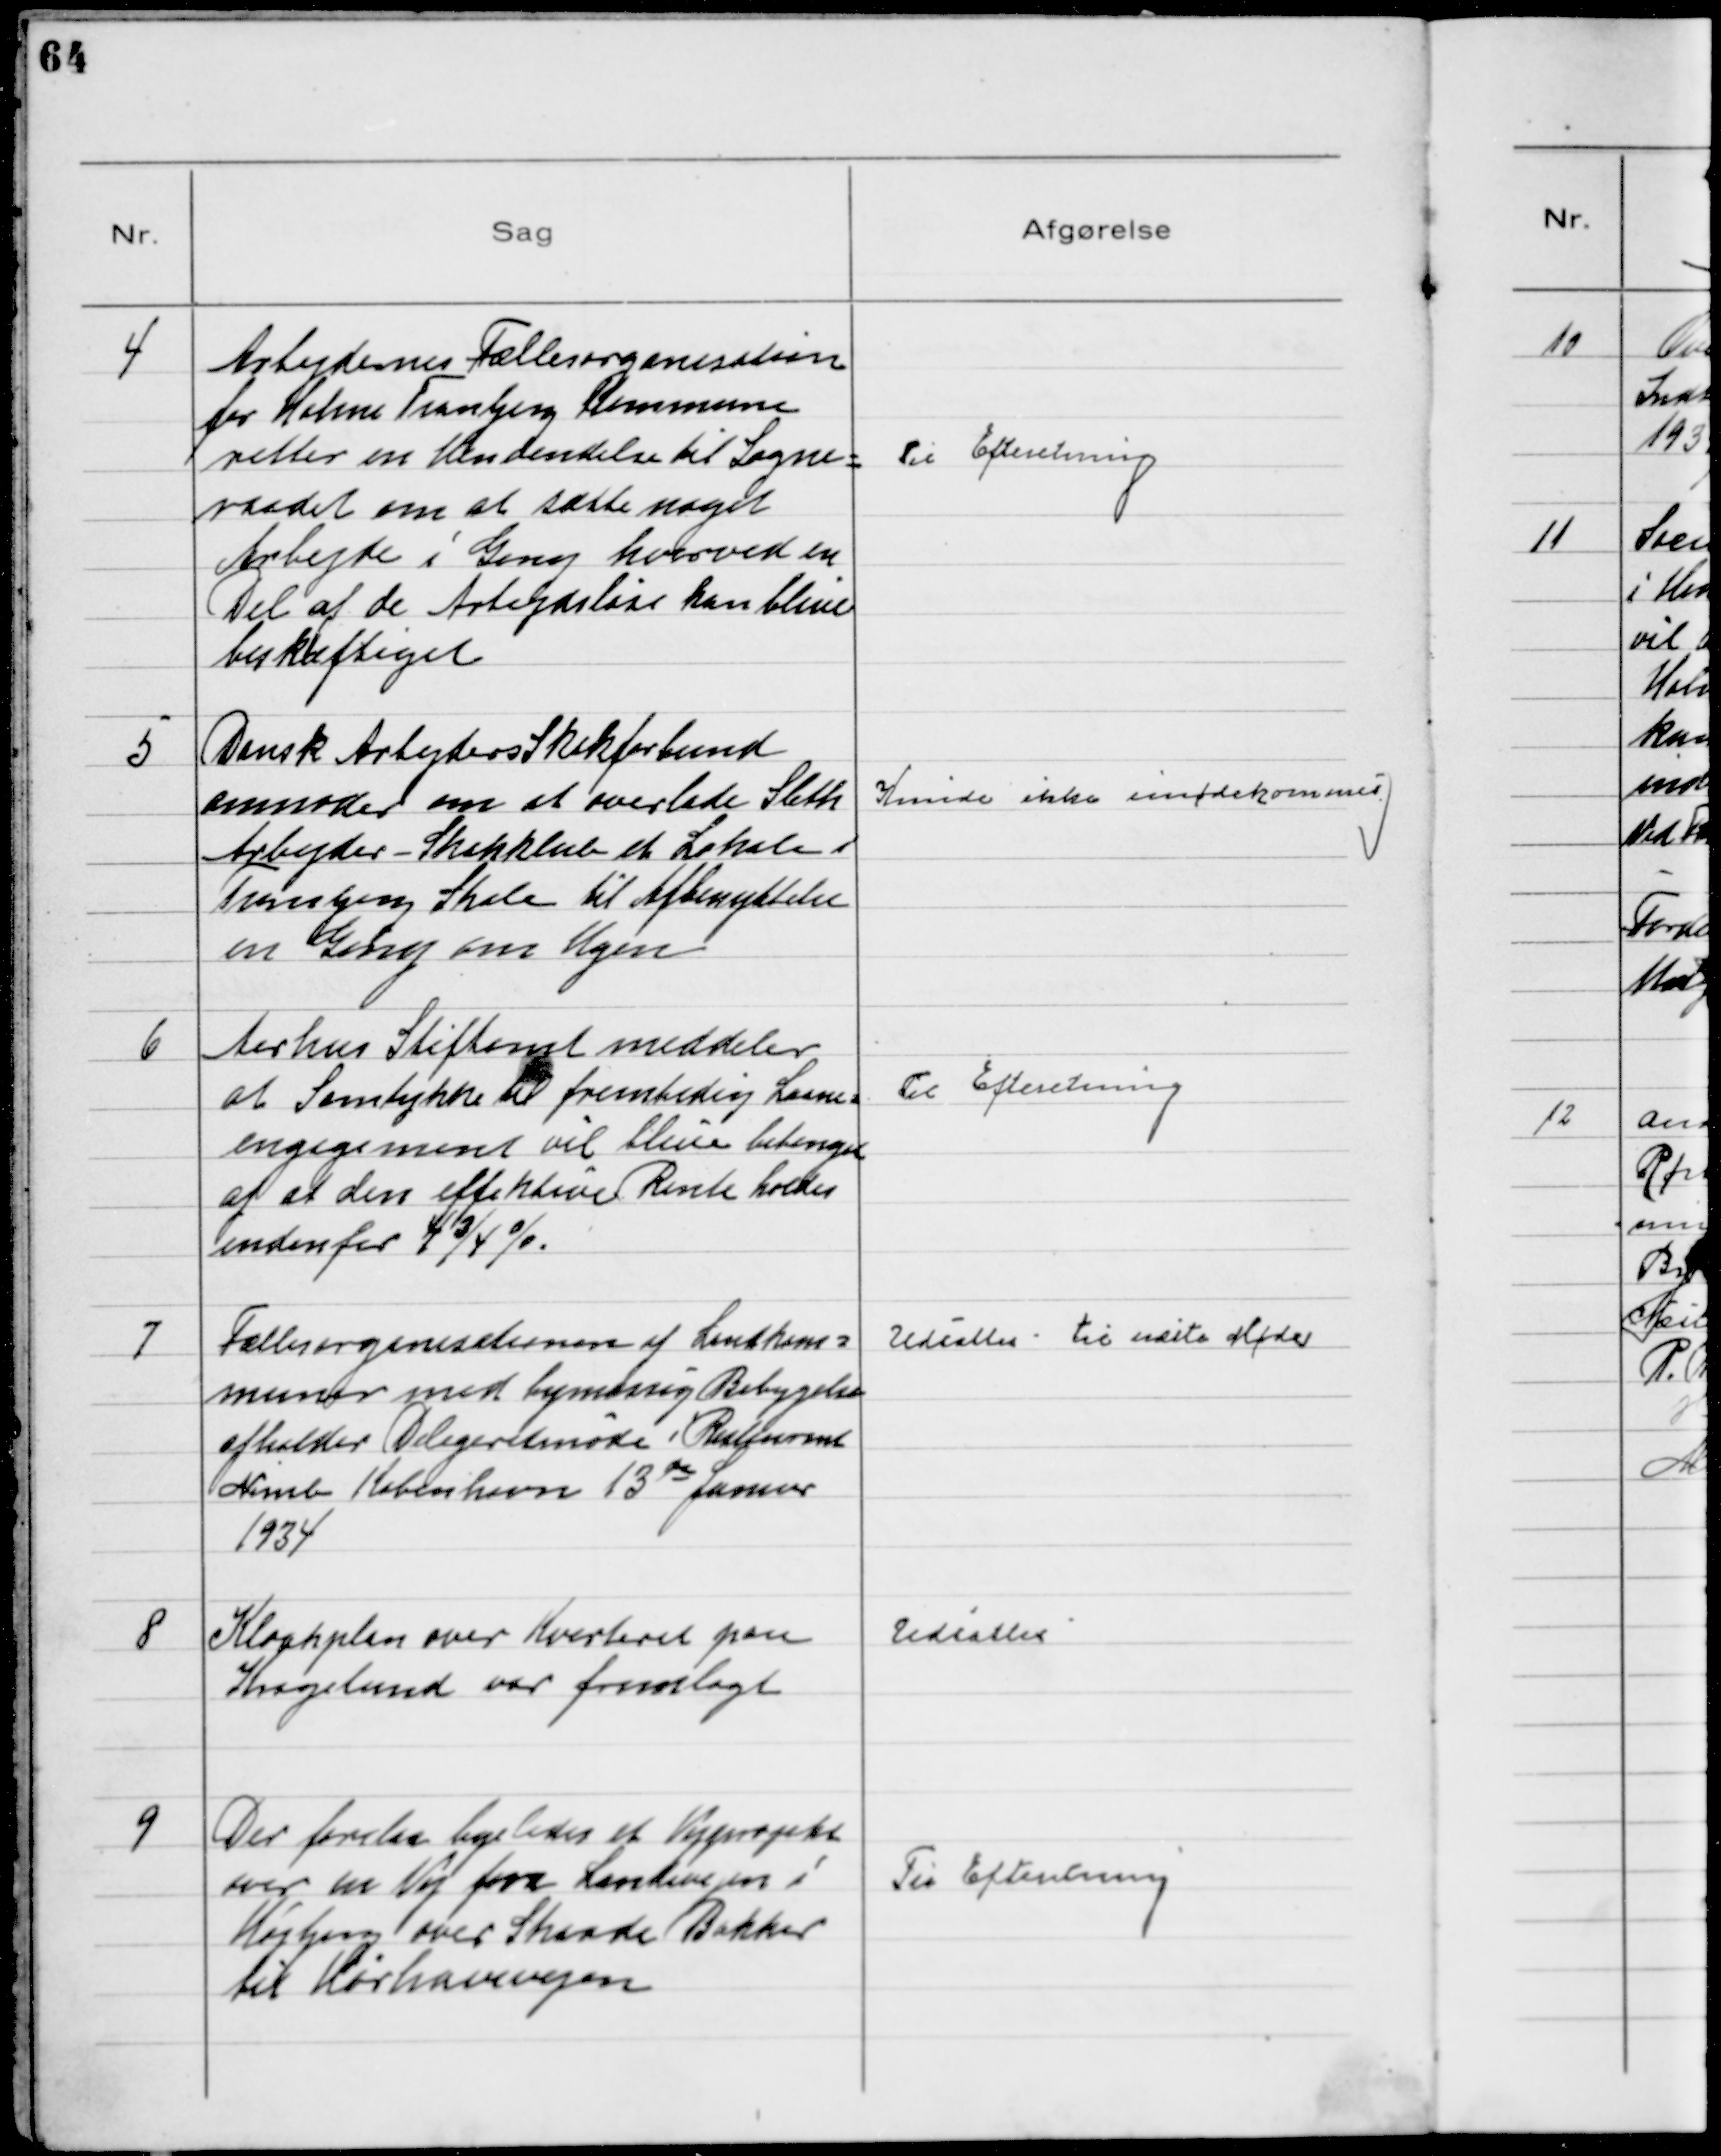
Transskription:
4
Arbejdernes Fællesorganisation
for Holme Tranbjerg Kommune
retter en Henvendelse til Sogne-
raadet om at sætte noget
Arbejde i Gang hvorved en
Del af de Arbejdsløse kan blive
beskæftiget

Til Efteretning

5
Dansk Arbejders Skakforbund
anmoder om at overlade Sleth
Arbejder - Skakklub et Lokale i
Tranbjerg Skole til Afbenyttelse
en Gang om Ugen

Kunde ikke imødekommes

6
Aarhus Stiftamt meddeler
at Samtykke til fremtidig Laane-
engagement vil blive betinget
af at den effektive Rente holdes
indenfor 4 ¾ %

Til Efteretning

7
Fællesorganisationen af Landkom-
muner med bymæssig Bebygelse
afholder Delegeretmøde i Restaurant
Nimb København 13de Januar
1934

Udsattes til næste Møde

8
Kloakplan over Kvarteret paa
Kragelund var fremlagt

Udsattes

9
Der forelaa ligeledes et Vejprojekt
over en Vej fra Landevejen i
Højbjerg over Skaade Bakker
til Hørhavevejen

Til Efteretning